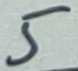
Text: 5